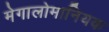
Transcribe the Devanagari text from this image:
मेगालोमानियक